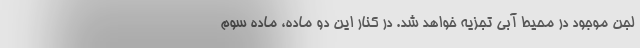
لجن موجود در محیط آبی تجزیه خواهد شد. در کنار این دو ماده، ماده سوم